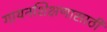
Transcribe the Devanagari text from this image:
गायनशिक्षणासाठी